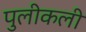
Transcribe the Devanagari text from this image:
पुलीकली